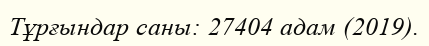
Тұрғындар саны: 27404 адам (2019).